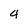
Character: 4